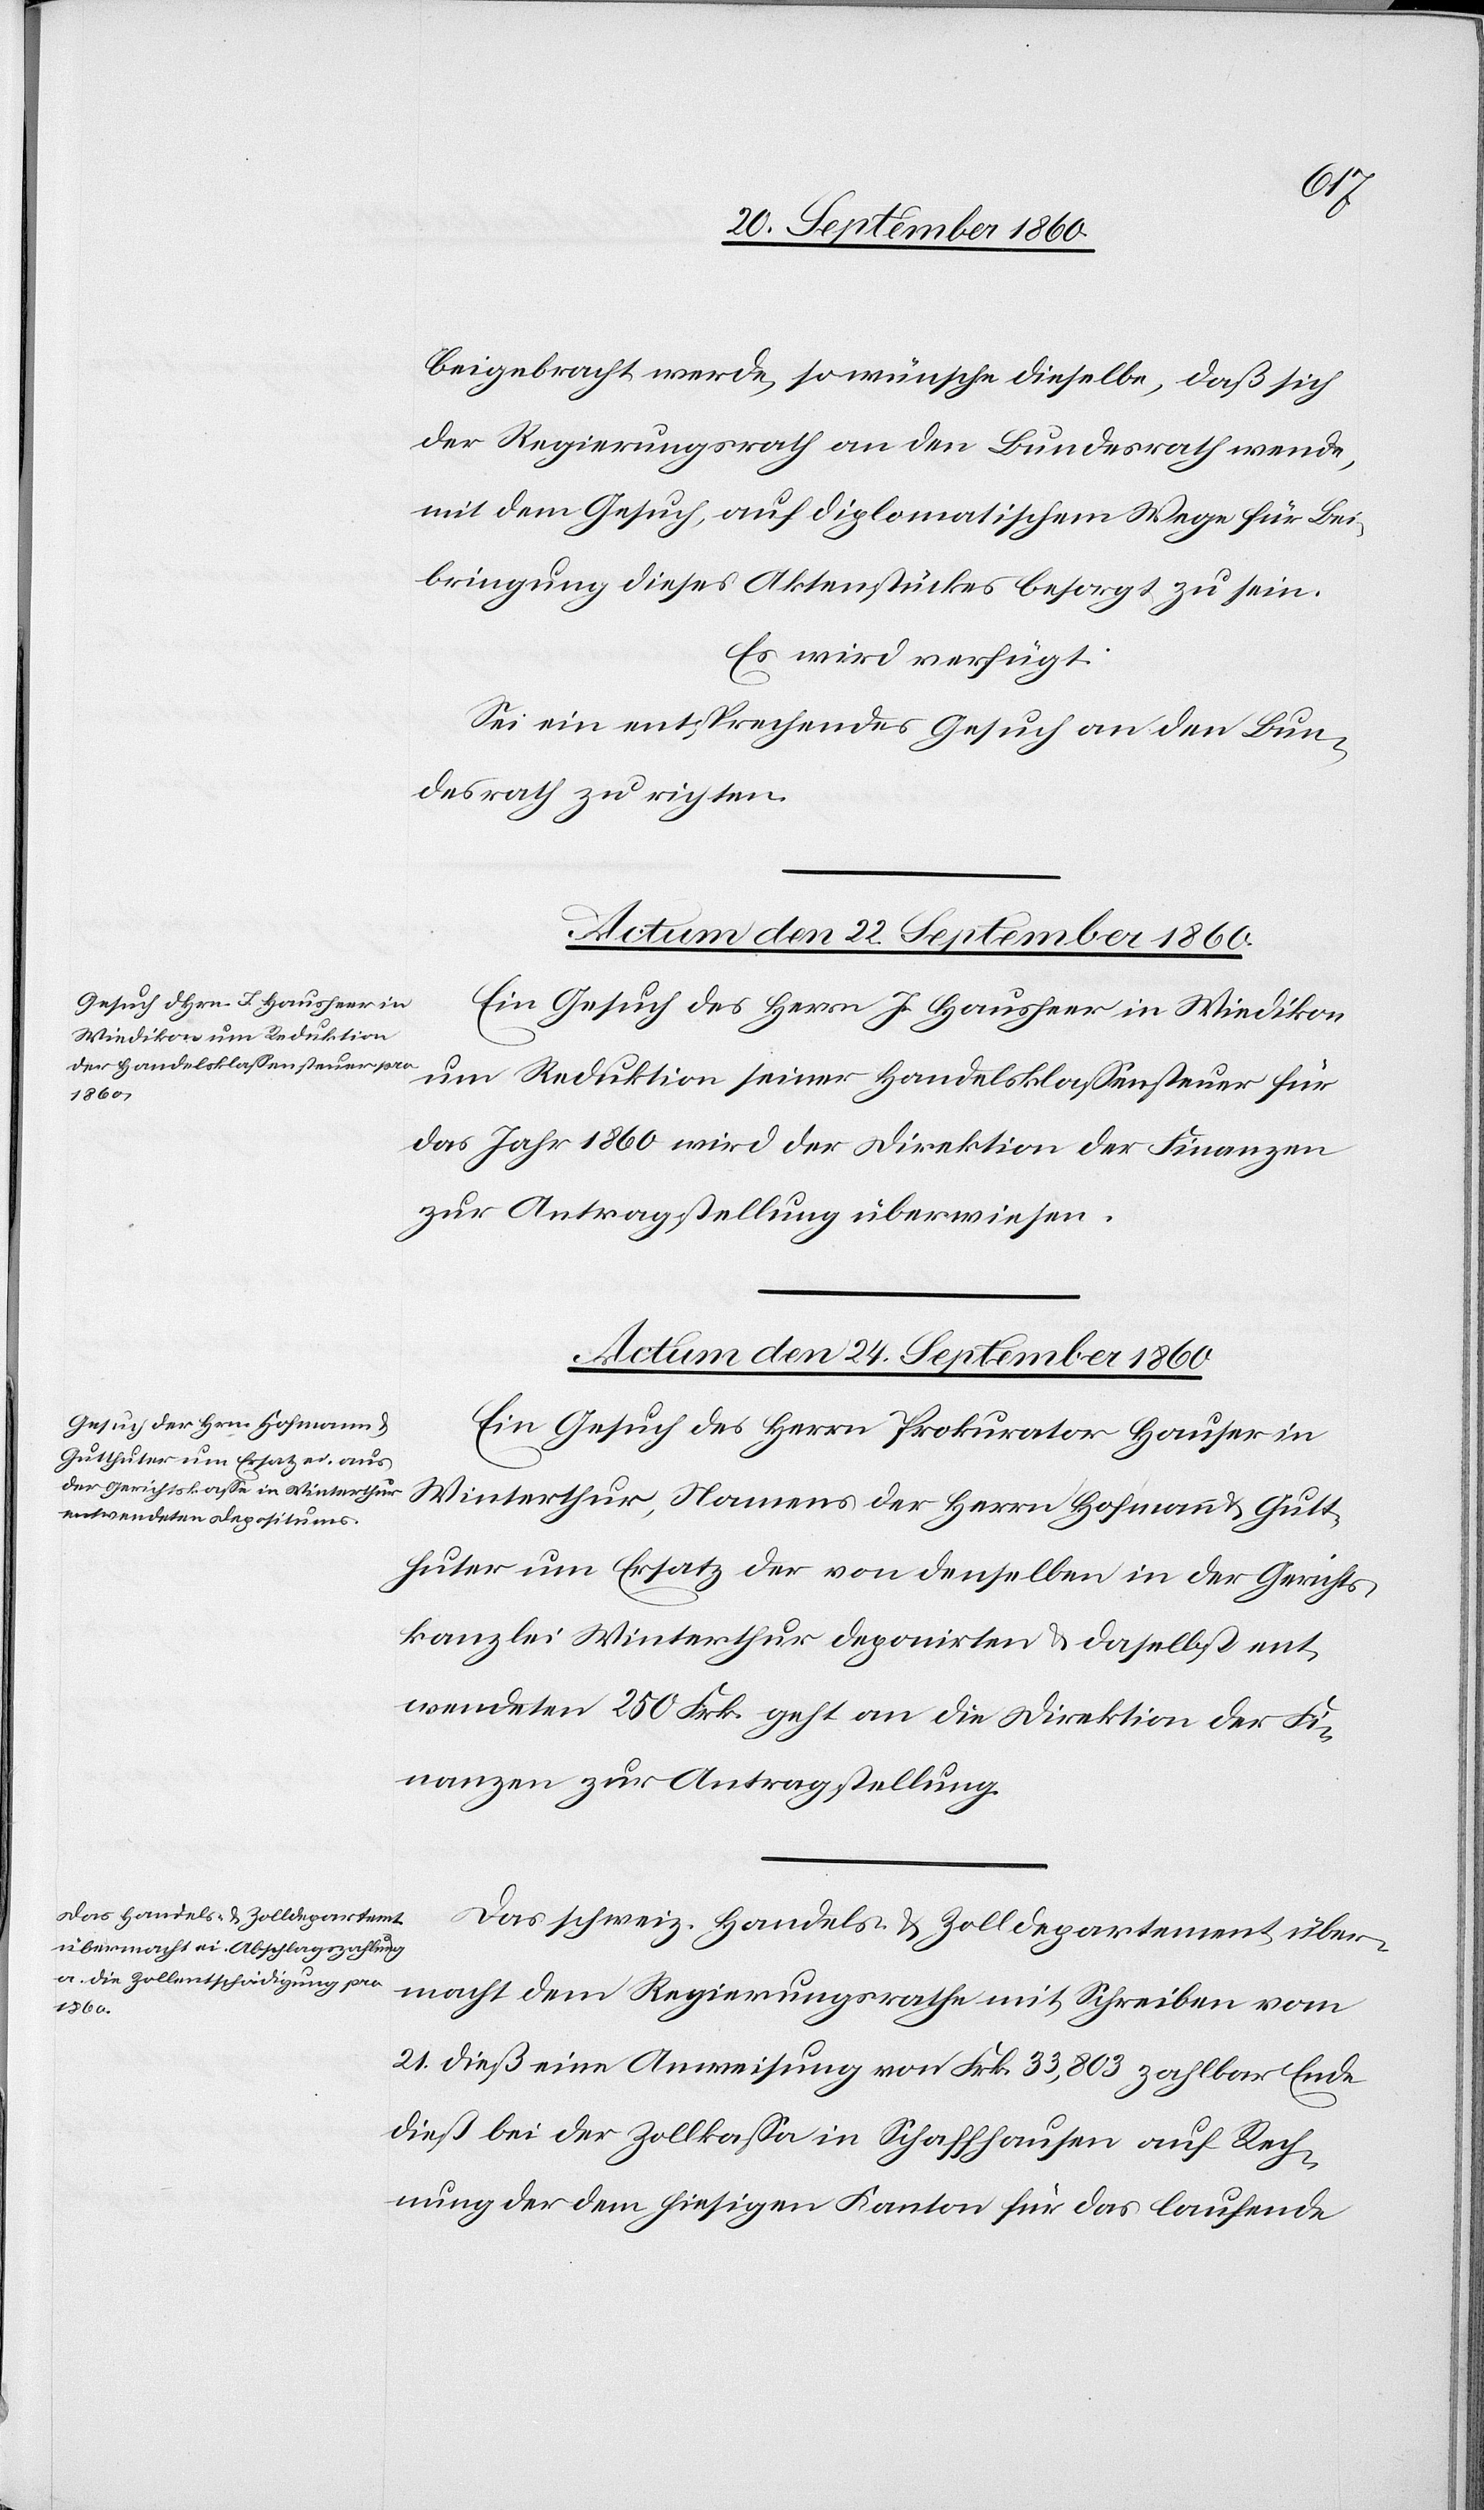
beigebracht werde, so wünsche dieselbe, daß sich
der Regierungsrath an den Bundesrath wende,
mit dem Gesuch, auf diplomatischem Wege für Bei¬
bringung dieses Aktenstückes besorgt zu sein.
Es wird verfügt:
Sei ein entsprechendes Gesuch an den Bun¬
desrath zu richten.
Actum den 22. September 1860.
Ein Gesuch des Herrn J. Hausheer in Wiedikon
um Reduktion seiner Handelsklassensteuer für
das Jahr 1860 wird der Direktion der Finanzen
zur Antragstellung überwiesen.
Actum den 24. September 1860.]
Ein Gesuch des Herrn Prokurator Hauser in
Winterthur, Namens der Herren Hofmann & Gutt¬
huter um Ersatz der von denselben in der Gerichts¬
kanzlei Winterthur deponirten & daselbst ent¬
wendeten 250 Frk. geht an die Direktion der Fi¬
nanzen zur Antragstellung.
Das schweiz. Handels- & Zolldepartement über¬
macht dem Regierungsrathe mit Schreiben vom
21. dieß eine Anweisung von Frk. 33,803 zahlbar Ende
dieß bei der Zollkassa in Schaffhausen auf Rech¬
nung der dem hiesigen Kanton für das laufende